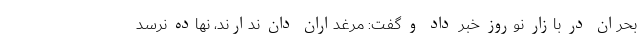
بحران در بازار نوروز خبر داد و گفت: مرغداران دان ندارند، نهاده نرسد